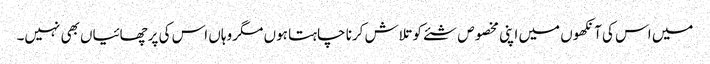
میں اس کی آنکھوں میں اپنی مخصوص شئے کو تلاش کرنا چاہتا ہوں مگر وہاں اس کی پرچھائیاں بھی نہیں۔